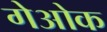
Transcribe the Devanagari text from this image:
गेओक